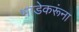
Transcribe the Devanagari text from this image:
भाडेकरूंना